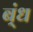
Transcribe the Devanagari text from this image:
ब्ंध